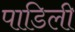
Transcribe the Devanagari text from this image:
पाडिली